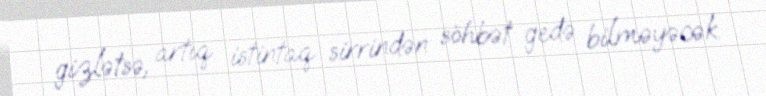
gizlətsə, artıq istintaq sirrindən söhbət gedə bilməyəcək.